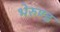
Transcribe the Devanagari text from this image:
भेरुण्ड